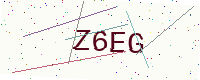
Text: Z6EG